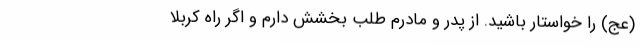
(عج) را خواستار باشید. از پدر و مادرم طلب بخشش دارم و اگر راه کربلا